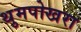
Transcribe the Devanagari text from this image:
थुमपोखरा